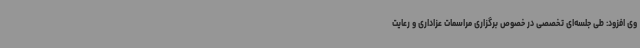
وی افزود: طی جلسه‌ای تخصصی در خصوص برگزاری مراسمات عزاداری و رعایت